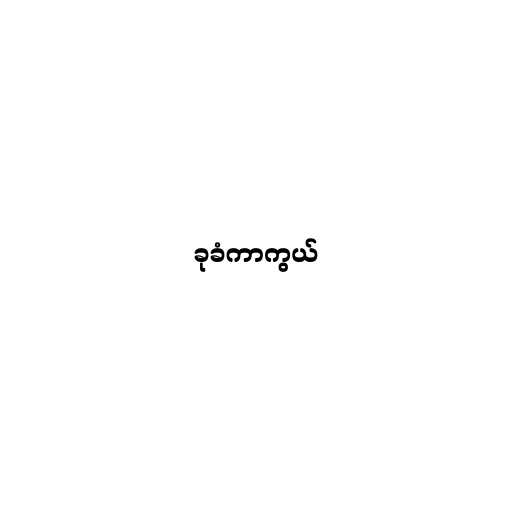
ခုခံကာကွယ်